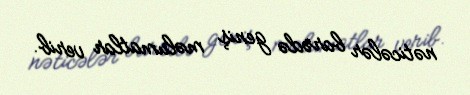
nəticələr barədə geniş məlumatlar verib.